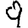
Digit: 9